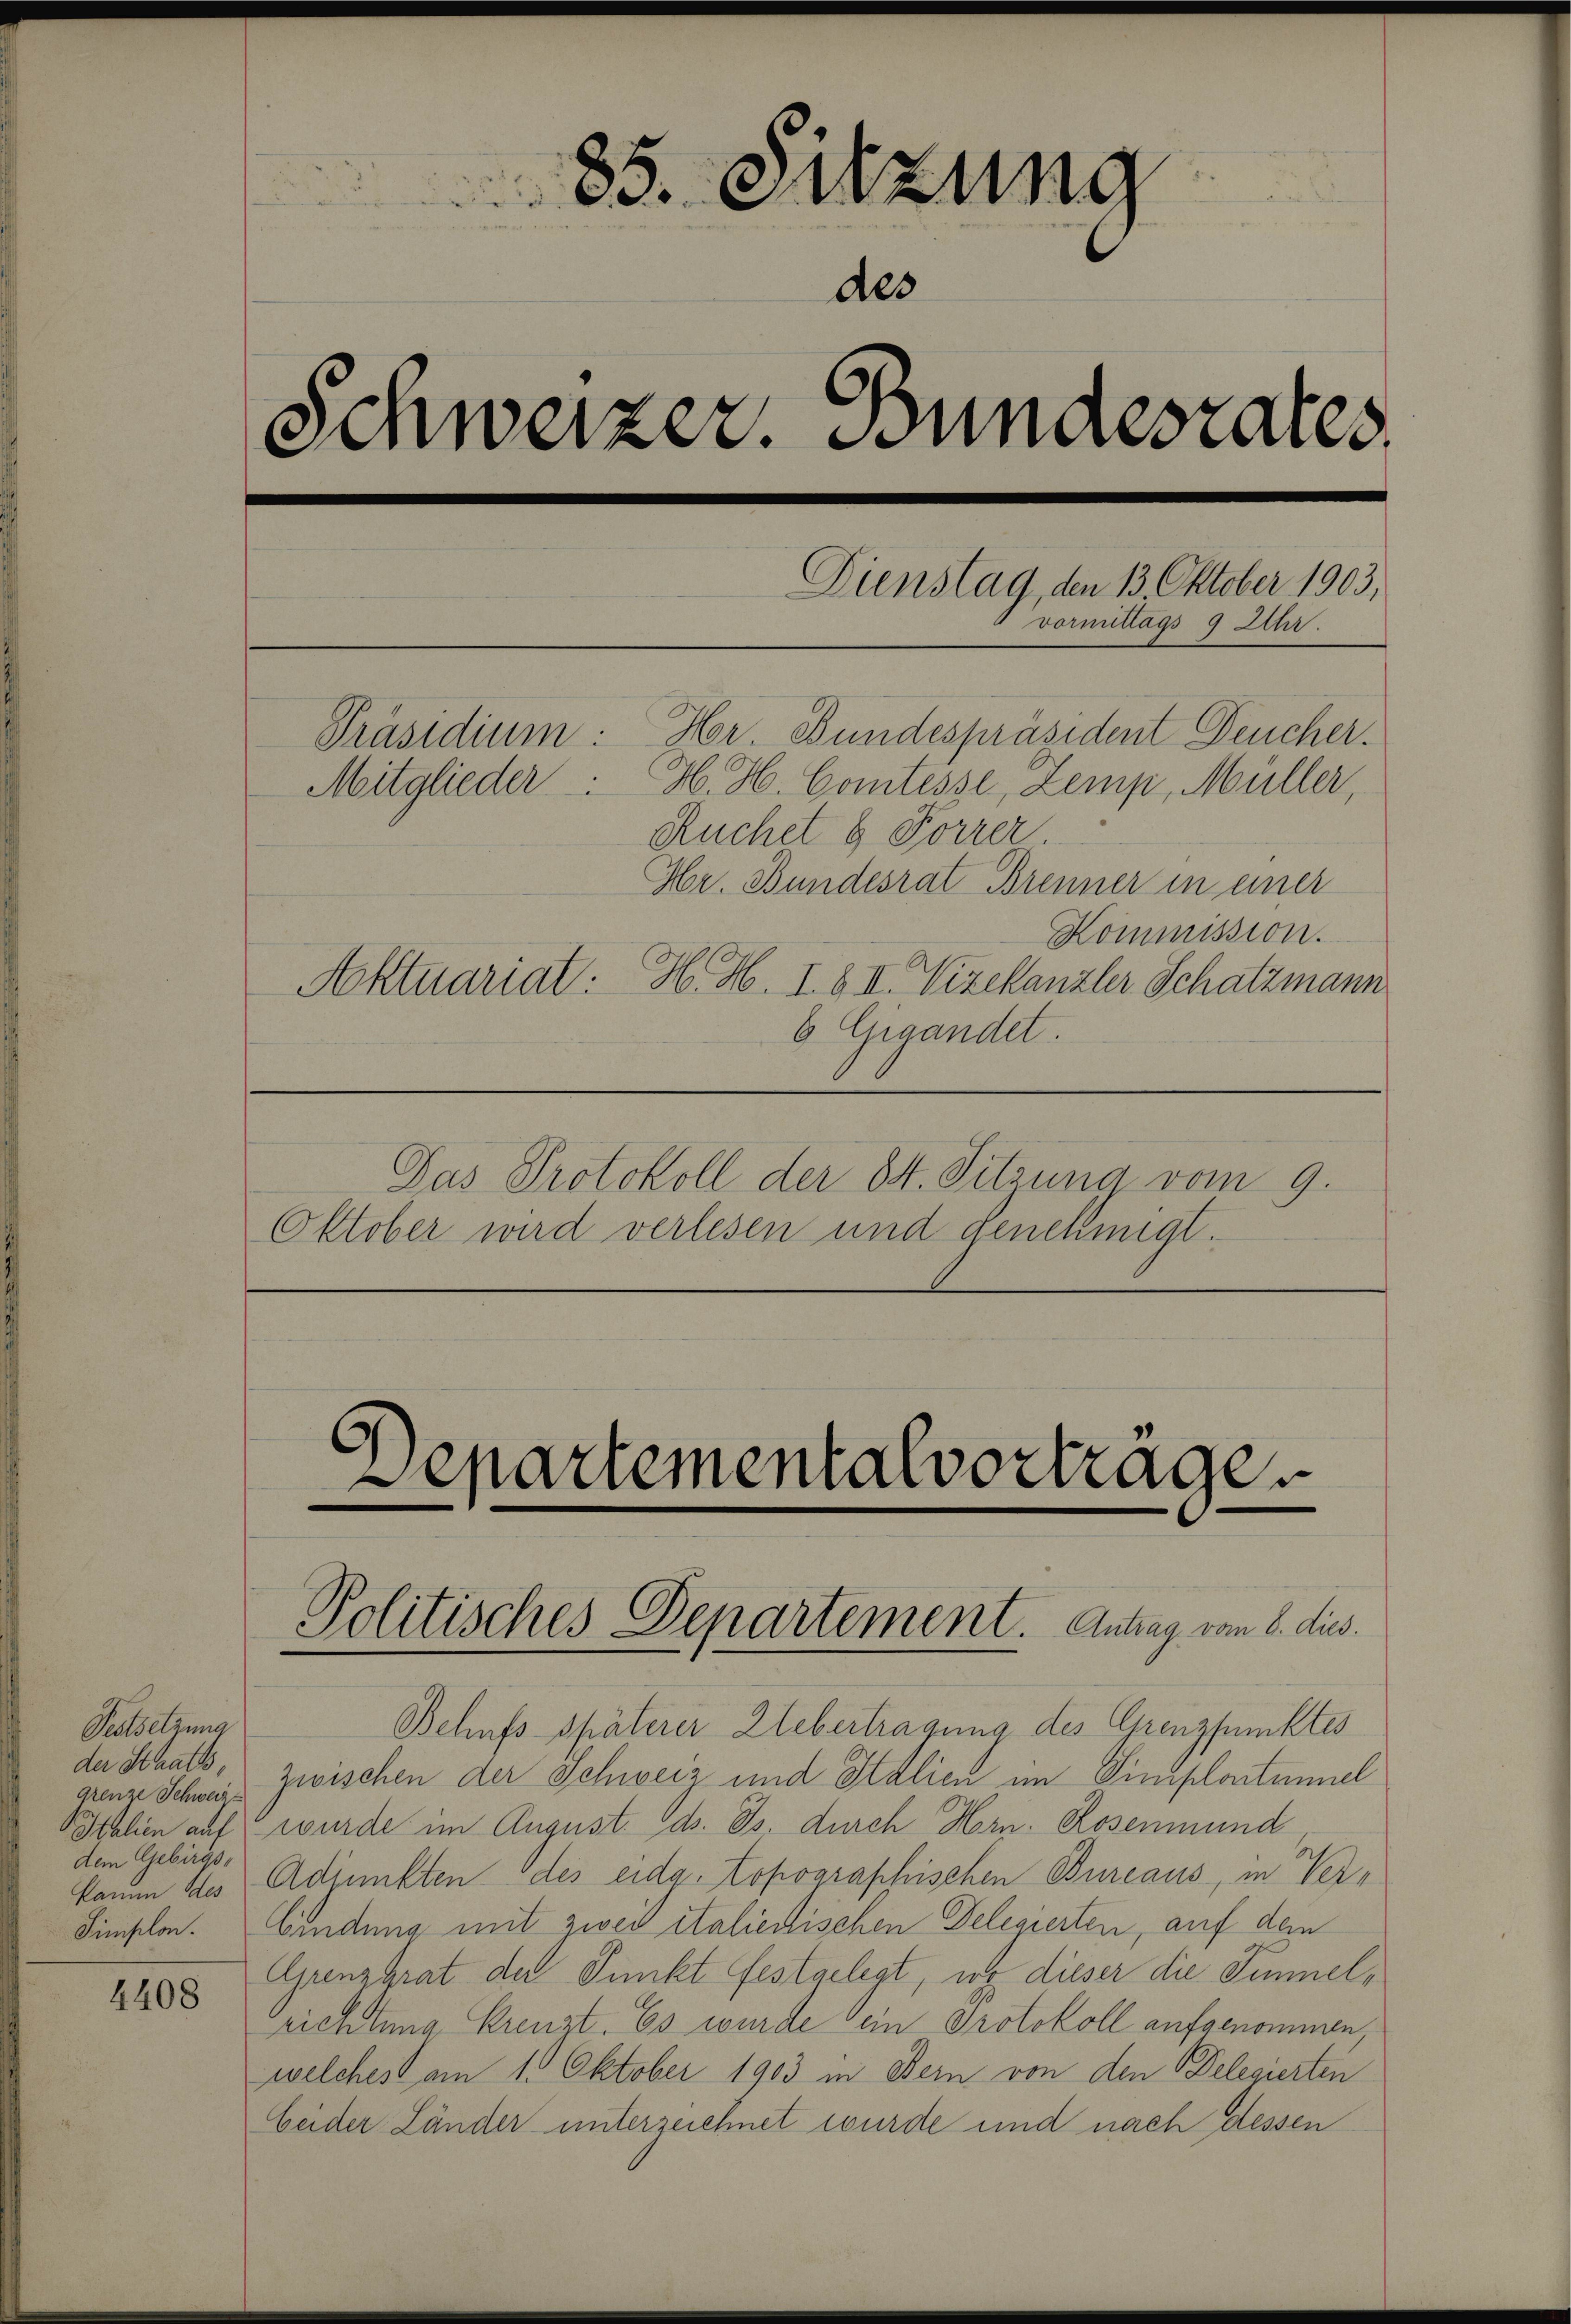
Festsetzung
der Staatsgrenze Schweiz.
dem Gebirgs-

4408

85. Sitzung
des
Schweizer. Bundesrates.
Dienstag, den 13 Oktober 1903,
vormittags
9 A
.
Hor Bundespräsident Deucher.
Präsidium:
Mitglieder. H. H. Comtesse, Zemp, Müller,
Ruchel & Forrer
Hr. Bundesrat Brenner in einer
Kommission.
Aktuariat: H. H. I. & II. Vizekanzler Schatzmann
6 Gigandet.

Das Protokoll der 84. Sitzung vom 9.
Oktober wird verlesen und genehmigt.

Departementalvorträge

Politisches Departement. Antrag vom 8. dies

Behufs späterer Uebertragung des Grenzpunktes
zwischen der Schweiz und Italien im Siniplontinel
Poplien auf wurde im August. ds. Os. durch Hrn. Rosenmund
kamm des Adjunkten des eidg. topographischen Bureaus, in Ver¬
Finslon. Bindung mit zwei italienischen Delegierten, auf den
Grenzgrat der Punkt festgelegt, wo dieser die Simmelsrichtung Krenzt. Es wurde ein Protokoll aufgenommen
welches am 1. Oktober 1903 in Bern von den Delegierten
beider Länder unterzeichnet wurde und nach dessen